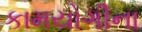
કામયોગીના